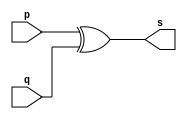
// --------------------- 
// Exemplo0005 - xor 
// Nome: Daniel Telles McGinnis 
// --------------------- 
// Alteraes feitas:
// Troquei a porta OR pela porta XOR.
// Em vez de usar $display, esse programa usa $monitor.
// Previso:
// A sada  a disjuno exclusiva das entradas.
// Teste 1:
// Entradas: (a=0011 binrio e b=0101 binrio), (a=0 e b=0),
// (a=0010 binrio e b=0001 binrio), (a=1 e b=3), (a=5 e b=2),
// (a=A hexadecimal e b=3) e (a=9 e b=3)
// Observaes da sada:
// A sada  a tabela verdade da disjuno exclusiva
// das entradas, operao esta feita bit a bit.
// --------------------- 
// -- xor gate 
// --------------------- 
module xorgate (output [0:3] s, 
input [0:3] p, 
input [0:3] q); 
	assign s = p ^ q; 
endmodule // xor 
// --------------------- 
// -- test xorgate 
// --------------------- 
module testxorgate; 
	// ------------------------- dados locais 
	reg [0:3] a,b; // definir registrador 
	wire [0:3] s;  // definir conexao (fio) 
	// ------------------------- instancia 
	xorgate XOR1 (s, a, b); 
	// ------------------------- preparacao 
	initial begin:start 
		a=4'b0011; // 4 valores binarios 
		b=4'b0101; // 4 valores binarios 
	end 
	// ------------------------- parte principal 
	initial begin:main 
		$display("Exemplo0005 - Daniel Telles McGinnis - 435042"); 
		$display("Test xor gate"); 
		$display("\n a ^ b = s\n"); 
		$monitor("%b ^ %b = %b", a, b, s); 
		#1 a=0; b=0; // valores decimais 
		#1 a=4'b0010; b=4'b0001; // valores binarios 
		#1 a=4'd1; b=3; // decimal e decimal 
		#1 a=4'o5; b=2; // octal e decimal 
		#1 a=4'hA; b=3; // hexadecimal e decimal 
		#1 a=4'h9; b=4'o3; // hexadecimal e octal 
	end 
endmodule // testxorgate